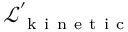
\mathcal { L } _ { \mathrm { ~ k ~ i ~ n ~ e ~ t ~ i ~ c ~ } } ^ { ' }